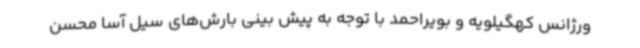
ورژانس کهگیلویه و بویراحمد با توجه به پیش بینی بارش‌های سیل آسا محسن